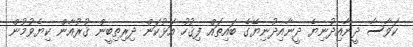
ކަވާސާ ދީނާއިދުނިޔެ ދީނާއިދުނިޔޭގެ ބައިތައް ފިޤުހު އަޅުކަން ދިރިތިބީން ޤުރުއާން ކިޔެވުމުން